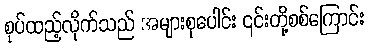
စုပ်ထည့်လိုက်သည် အများစုပေါင်း ၎င်းတို့စစ်ကြောင်း